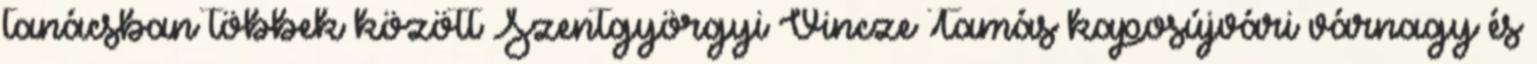
tanácsban többek között Szentgyörgyi Vincze Tamás kaposújvári várnagy és